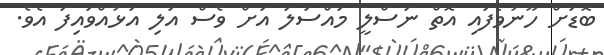
ބޮޑަށް ހޫނުވެފައި އޮތް ނަސްލީ މައްސަލަ އަށް ވެސް އަލި އަޅުއްވައިފަ އެވެ.